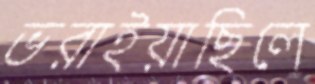
ভরাইয়াছিলে